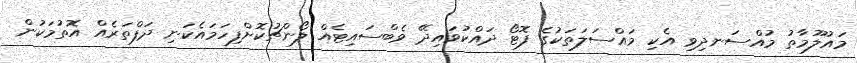
މައުލޫމާތު މުއްސަނދިވި އެކި މައްސަލަތަކުގެ ފޮޓޯ ދައްކުވައިދޭ ވެބްސައިޓެއް ލޯންޗުކޮށްފިހަމައެކަނި ދަފްތަރެއް އޮތުމަކުން